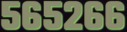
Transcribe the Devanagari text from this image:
५६५२६६